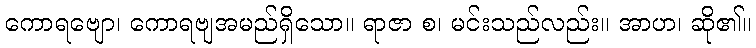
ကောရဗျော၊ ကောရဗျအမည်ရှိသော။ ရာဇာ စ၊ မင်းသည်လည်း။ အာဟ၊ ဆို၏။